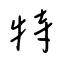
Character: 特